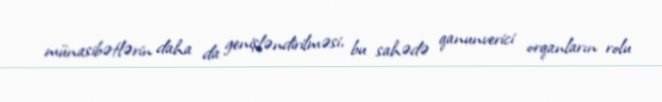
münasibətlərin daha da genişləndirilməsi, bu sahədə qanunverici orqanların rolu